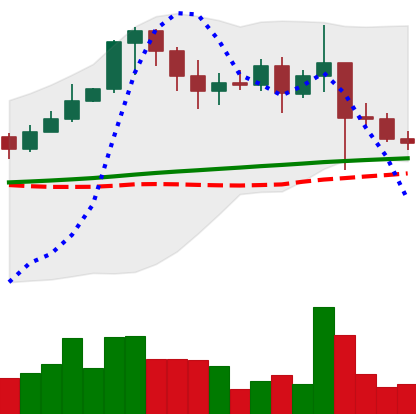
Ticker: XRP-USD
Chart end date: 2021-02-26
Forward return: 5.23%
Label: up_5_7